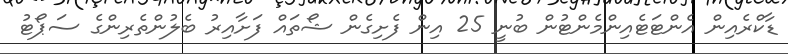
ޑާކްރެއިން އެންޓަޓެއިންމެންޓުން ބުނީ 25 އިން ފެށިގެން ޝޯތައް ފަށާއިރު ބެލުންތެރިންގެ ސަޕޯޓު